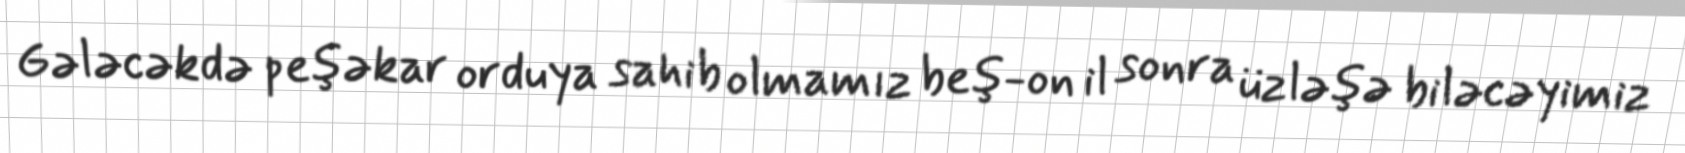
Gələcəkdə peşəkar orduya sahib olmamız beş-on il sonra üzləşə biləcəyimiz